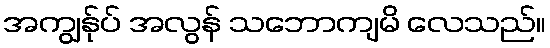
အကျွန်ုပ် အလွန် သဘောကျမိ လေသည်။